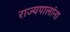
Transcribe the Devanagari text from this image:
राज्यपालांना